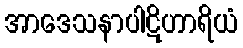
အာဒေသနာပါဋိဟာရိယံ